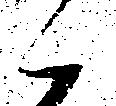
候